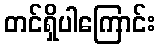
တင်ရှိပါကြောင်း